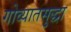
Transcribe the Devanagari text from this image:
गोव्यातसुद्धा